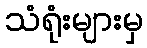
သံရုံးများမှ